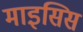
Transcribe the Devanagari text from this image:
माइसिस